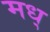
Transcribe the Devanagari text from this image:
मध्